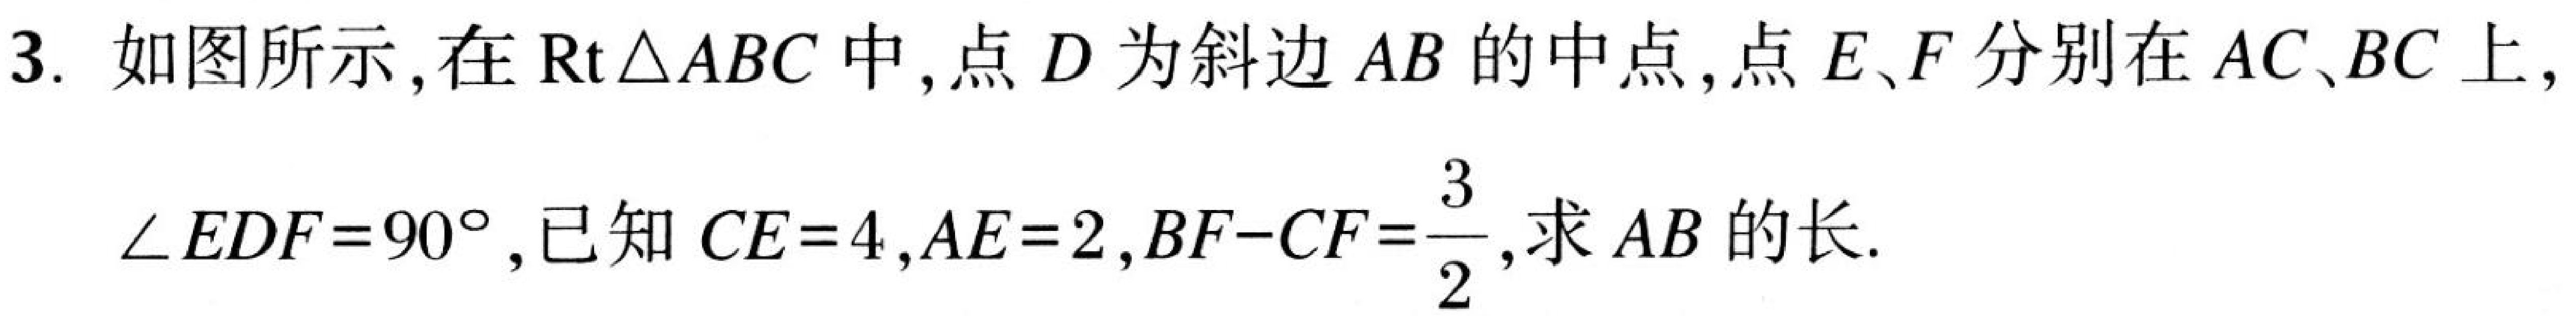
3. 如图所示，在\(\text{Rt}\triangle ABC\)中，点\(D\)为斜边\(AB\)的中点，点\(E、F\)分别在\(AC、BC\)上，\(\angle EDF = 90^{\circ}\)，已知\(CE = 4\)，\(AE = 2\)，\(BF - CF=\frac{3}{2}\)，求\(AB\)的长.